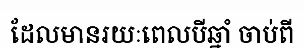
ដែលមានរយៈពេលបីឆ្នាំ ចាប់ពី